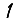
Digit: 1